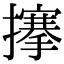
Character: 𢷘